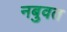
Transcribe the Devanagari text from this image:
नबुवत